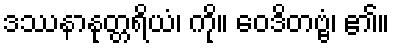
ဒဿနာနုတ္တရိယံ၊ ကို။ ဝေဒိတဗ္ဗံ၊ ၏။